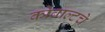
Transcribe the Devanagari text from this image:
कोबाल्टचे